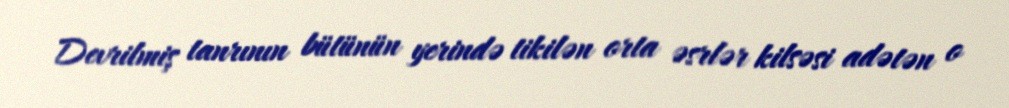
Devrilmiş tanrının bütünün yerində tikilən orta əsrlər kilsəsi adətən o